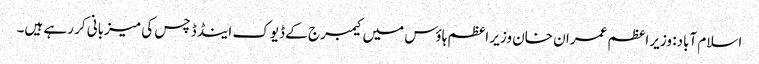
اسلام آباد: وزیر اعظم عمران خان وزیر اعظم ہاؤس میں کیمبرج کے ڈیوک اینڈ ڈچس کی میزبانی کر رہے ہیں۔